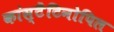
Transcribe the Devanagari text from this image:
कांस्टैंटिनोपिल